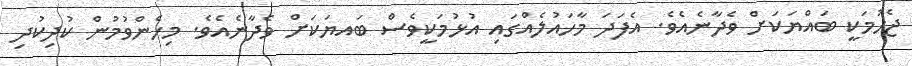
ޖެހުމަކީ ބައްޔަކަށް ވެދާނެއެވެ. އެފަދަ މާހައުލެއްގައި އުޅުމަކީވެސް ބައޔަކަށް ވެދާނެއެވެ. މިހެންވުމުން ކުދިކުދި